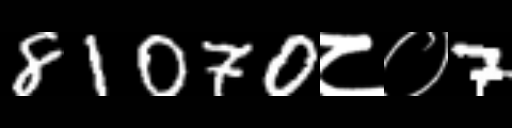
Text: 81070८०7